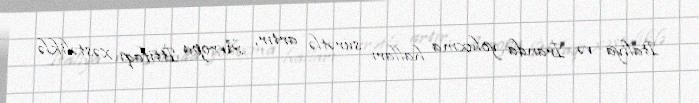
İtaliya və İranda yoluxma halları sürətlə artır, Avropa İttifaqı xəstəliklə